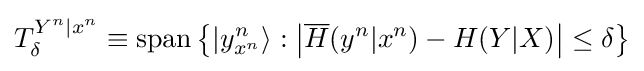
T_{\delta }^{Y^{n}|x^{n}}\equiv {\text{span}}\left\{\left\vert y_{x^{n}}^{n}\right\rangle :\left\vert {\overline {H}}(y^{n}|x^{n})-H(Y|X)\right\vert \leq \delta \right\}